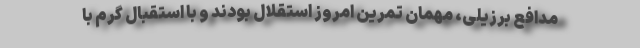
مدافع برزیلی، مهمان تمرین امروز استقلال بودند و با استقبال گرم با